Indian journal of veterinary science and animal husbandry - Volumes 26-27, 1956-1957
Year: 1956
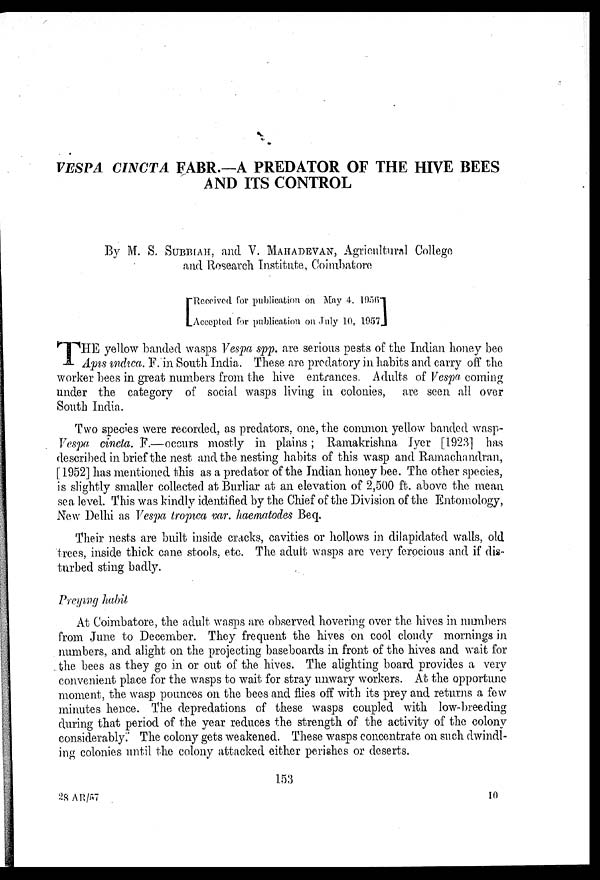
VESPA CINCTA FABR.—A PREDATOR OF THE HIVE BEES
AND ITS CONTROL
By M. S. SUBBIAH, and V. MAHADEVAN, Agricultural College
and Research Institute, Coimbatore
[
Received for publication on May 4, 1956
Accepted for publication on July 10, 1957]
THE yellow banded wasps Vespa spp. are serious pests of the Indian honey bee
Apis indica. F. in South India. These are predatory in habits and carry off the
worker bees in great numbers from the hive entrances. Adults of Vespa coming
under the category of social wasps living in colonies, are seen all over
South India.
Two species were recorded, as predators, one, the common yellow banded wasp-
Vespa cincta. F.—occurs mostly in plains; Ramakrishna Iyer [1923] has
described in brief the nest and the nesting habits of this wasp and Ramachandran,
[1952] has mentioned this as a predator of the Indian honey bee. The other species,
is slightly smaller collected at Burliar at an elevation of 2,500 ft. above the mean
sea level. This was kindly identified by the Chief of the Division of the Entomology,
New Delhi as Vespa tropica var. haematodes Beq.
Their nests are built inside cracks, cavities or hollows in dilapidated walls, old
trees, inside thick cane stools, etc. The adult wasps are very ferocious and if dis-
turbed sting badly.
Preying habit
At Coimbatore, the adult wasps are observed hovering over the hives in numbers
from June to December. They frequent the hives on cool cloudy mornings in
numbers, and alight on the projecting baseboards in front of the hives and wait for
the bees as they go in or out of the hives. The alighting board provides a very
convenient place for the wasps to wait for stray unwary workers. At the opportune-
moment, the wasp pounces on the bees and flies off with its prey and returns a few
minutes hence. The depredations of these wasps coupled with low-breeding
during that period of the year reduces the strength of the activity of the colony
considerably. The colony gets weakened. These wasps concentrate on such dwindl-
ing colonies until the colony attacked either perishes or deserts.
153
28 AR/57
10